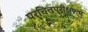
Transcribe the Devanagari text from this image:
परचित्तपरीक्षणम्‌